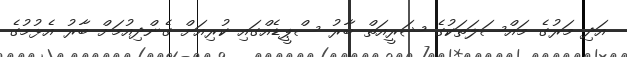
އަދި މަރުގެ މައްސަލަތަކުގެ ޝަރީއަތް ބާރު ސްޕީޑެއްގައި ކުރިއަށް ގެންދިއުމަށް ބާރު އެޅުމުގެ